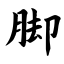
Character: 脚